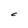
Character: C